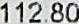
112.80